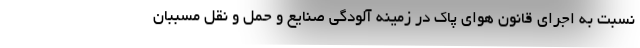
نسبت به اجرای قانون هوای پاک در زمینه آلودگی صنایع و حمل و نقل مسببان